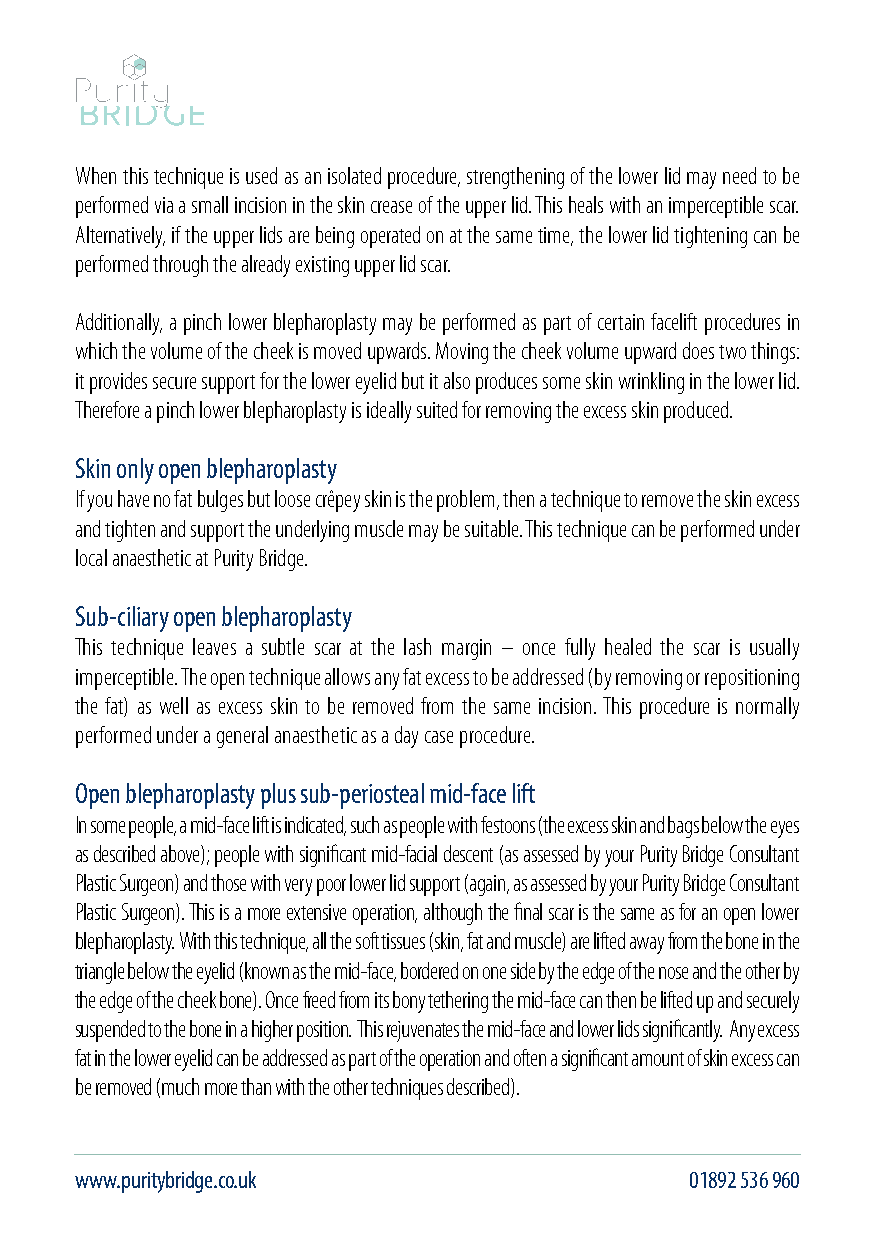
When this technique is used as an isolated procedure, strengthening of the lower lid may need to be
 performed via a small incision in the skin crease of the upper lid. This heals with an imperceptible scar.
 Alternatively, if the upper lids are being operated on at the same time, the lower lid tightening can be
 performed through the already existing upper lid scar.
 Additionally, a pinch lower blepharoplasty may be performed as part of certain facelift procedures in
 which the volume of the cheek is moved upwards. Moving the cheek volume upward does two things:
 it provides secure support for the lower eyelid but it also produces some skin wrinkling in the lower lid.
 Therefore a pinch lower blepharoplasty is ideally suited for removing the excess skin produced.
 Skin only open blepharoplasty
 If you have no fat bulges but loose crêpey skin is the problem, then a technique to remove the skin excess
 and tighten and support the underlying muscle may be suitable. This technique can be performed under
 local anaesthetic at Purity Bridge.
 Sub-ciliary open blepharoplasty
 This technique leaves a subtle scar at the lash margin – once fully healed the scar is usually
 imperceptible. The open technique allows any fat excess to be addressed (by removing or repositioning
 the fat) as well as excess skin to be removed from the same incision. This procedure is normally
 performed under a general anaesthetic as a day case procedure.
 Open blepharoplasty plus sub-periosteal mid-face lift
 In some people, a mid-face lift is indicated, such as people with festoons (the excess skin and bags below the eyes
 as described above); people with significant mid-facial descent (as assessed by your Purity Bridge Consultant
 Plastic Surgeon) and those with very poor lower lid support (again, as assessed by your Purity Bridge Consultant
 Plastic Surgeon). This is a more extensive operation, although the final scar is the same as for an open lower
 blepharoplasty. With this technique, all the soft tissues (skin, fat and muscle) are lifted away from the bone in the
 triangle below the eyelid (known as the mid-face, bordered on one side by the edge of the nose and the other by
 the edge of the cheek bone). Once freed from its bony tethering the mid-face can then be lifted up and securely
 suspended to the bone in a higher position. This rejuvenates the mid-face and lower lids significantly. Any excess
 fat in the lower eyelid can be addressed as part of the operation and often a significant amount of skin excess can
 be removed (much more than with the other techniques described).
 www.puritybridge.co.uk                   01892 536 960                                        info@puritybridge.co.uk